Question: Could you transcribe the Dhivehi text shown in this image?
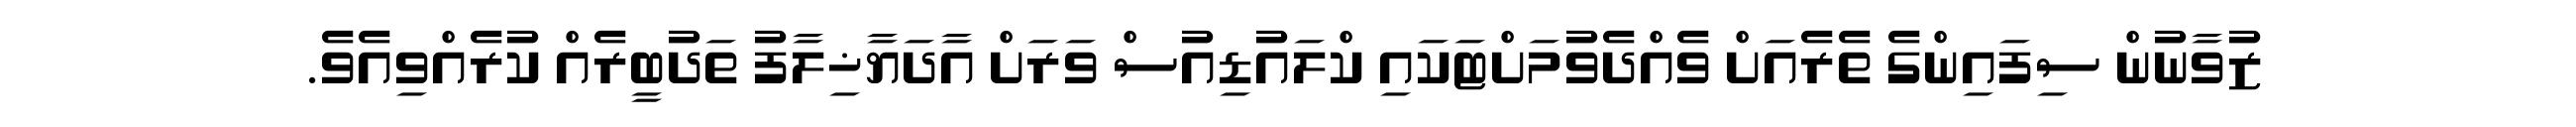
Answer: ޒުވާނުން ސިފައިންގެ ތެރެއަށް ވެއްދެވުމަށްޓަކައި ކްލައުޑިއުސް ވަރަށް އާދަޔާޚިލާފު ތަދުބީރެއް ކުރެއްވިއެވެ.